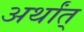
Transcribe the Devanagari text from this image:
अर्थांत्